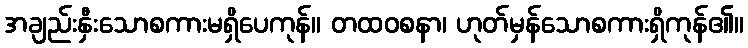
အချည်းနှီးသောစကားမရှိပေကုန်။ တထဝစနာ၊ ဟုတ်မှန်သောစကားရှိကုန်၏။